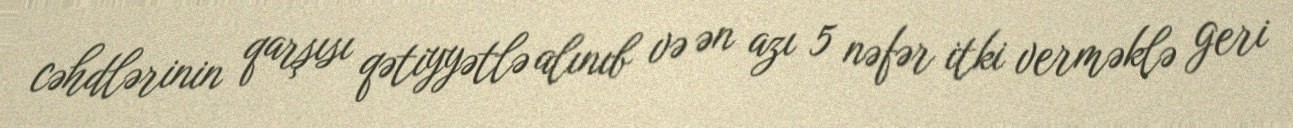
cəhdlərinin qarşısı qətiyyətlə alınıb və ən azı 5 nəfər itki verməklə geri